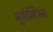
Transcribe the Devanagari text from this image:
नूसेन्टिस्म